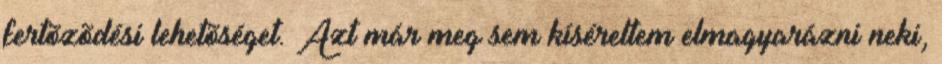
fertõzõdési lehetõséget. Azt már meg sem kíséreltem elmagyarázni neki,